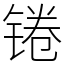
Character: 锩